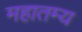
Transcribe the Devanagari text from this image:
महातम्य